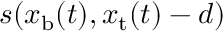
s ( x _ { \mathrm { b } } ( t ) , x _ { \mathrm { t } } ( t ) - d )